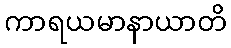
ကာရယမာနာယာတိ